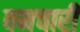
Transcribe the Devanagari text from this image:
वनचारी